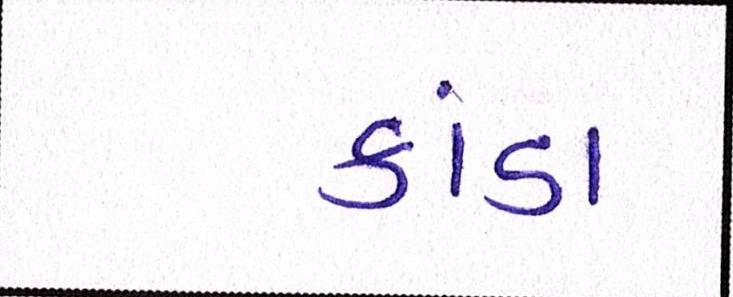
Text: કાંડા